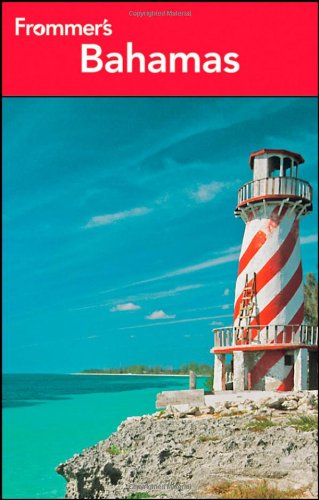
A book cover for Frommer's Bahamas 20th Edition (Frommer's Complete Guides); Darwin Porter; Travel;